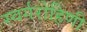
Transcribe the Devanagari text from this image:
स्वर्गरोहिणी